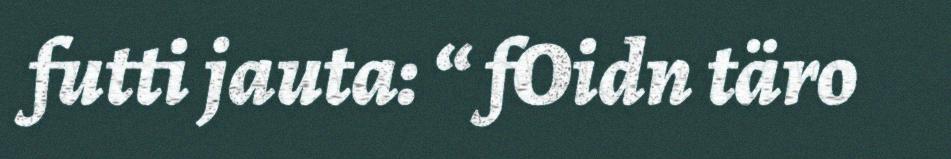
futti jauta: “ fOidn täro